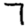
Digit: 7